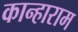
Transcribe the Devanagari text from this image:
कान्हाराम